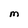
Character: M